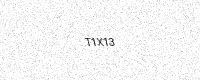
Text: T1X13